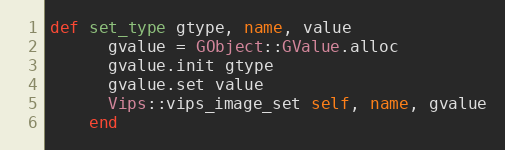
Language: Ruby
def set_type gtype, name, value
      gvalue = GObject::GValue.alloc
      gvalue.init gtype
      gvalue.set value
      Vips::vips_image_set self, name, gvalue
    end